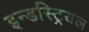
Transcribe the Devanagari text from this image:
इन्डस्ट्रियल